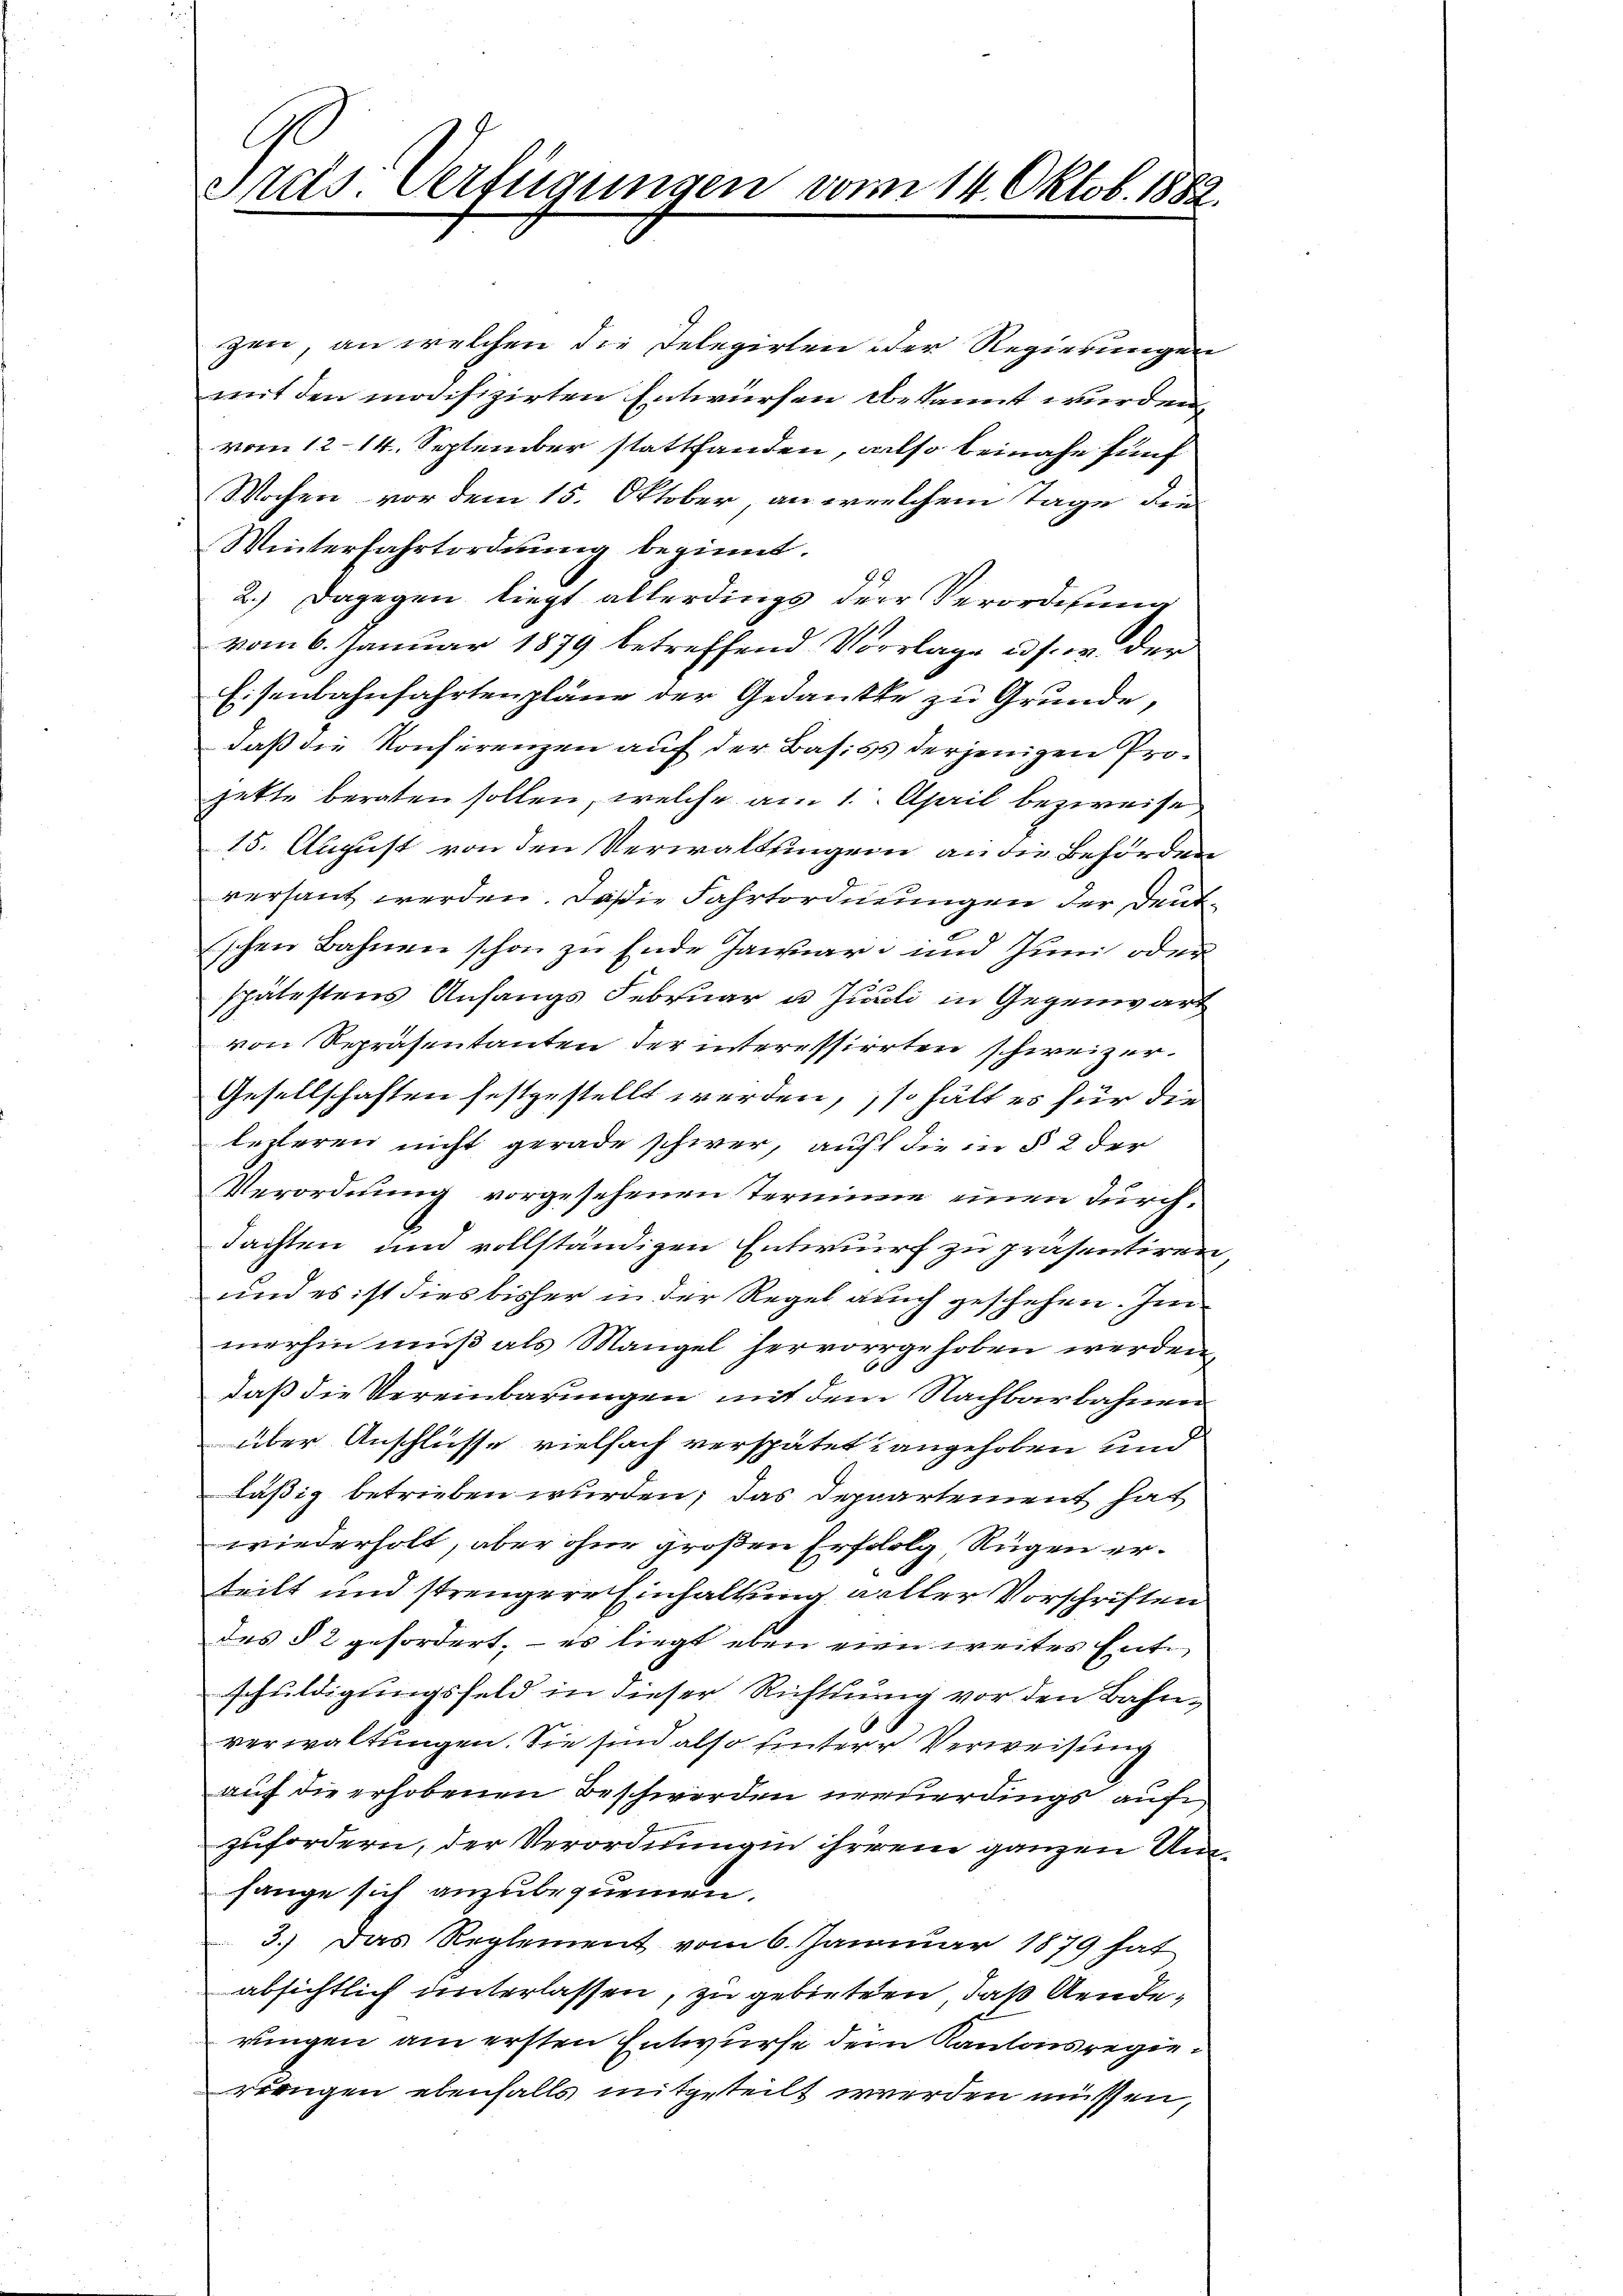
Praes. Verfügungen vom 14. Oktob. 1882.

gen, an welchen die Delegirten der Regierungen
mit den modifizirten Entwürfen bekannt wurden.
vom 12. 14. September stattfanden, also beinahe fünf
Wochen vor dem 15. Oktober an welchem Tage die
Winterfahrtordnung beginnt.
99
2.) Dagegen liegt allerdings der Verordnung
vom 6. Januar 1879 betreffend Vorlage u. s. w. der
Eisenbahnfahrtenpläne der Gedankte zu Grunde,
daß die Konferenzen auf der Basis derjenigen Projette beraten sollen, welche am 1. April bezweife
15. August von den Verwaltungen an die Behörden
versant werden. Da sie Fahrtordnungen der Deutschen Bahnen schon zu Ende Jawiar- und Juni oder
spätestens Anfangs Februar u Juli in Gegenwart
von Repräsentanten der interessierten schweizer¬
Gesellschaften festgestellt werden, so hält es für die
lezteren nicht gerade schwer, auf die in § 2 der
Verordnung vorgesehenen Terminie einen durchdachten und vollständigen Entwurf zu präsentiren
und es ist dies bisher in der Regel auch geschehen. Im
.
merhin muß als Mangel hervorrgehoben werden,
60 x
daß die Vereinbarungen mit dem Nachbarbahnen
über Anschlüsse vielfach verspätet angehoben und
läßig betrieben wurden; das Deppartement hat
wiederholt, aber ohne großen Erfololg Rügen ertteilt und strengere Einhaltung aller Vorschriften
des § 2 gefordert; — es liegt eben eine weites Entschuldigungsfeld in dieser Richtung vor den Bahnverwaltungen. Sie sind also untere Verweisung
auf die erhobenen Beschwerden neuerdings auf
zufordern, der Verordnungen ihrerem ganzen Unfange sich anzubequemen.
3.) Das Reglement vom 6. Januar 1879 hat
absichtlich unterlassen, zu gebieten, daß Aenderungen am ersten Entwurfe dem Kantonsregieringen ebenfalls mitgeteilt werden müssen,